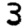
Digit: 3